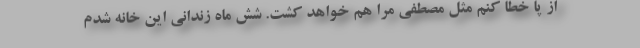
از پا خطا کنم مثل مصطفی مرا هم خواهد کشت. شش ماه زندانی این خانه شدم